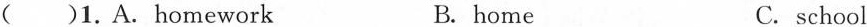
( )1.A.homework B. home C. school